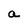
Character: a